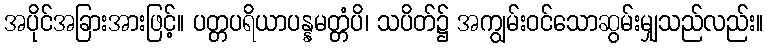
အပိုင်အခြားအားဖြင့်။ ပတ္တပရိယာပန္နမတ္တံပိ၊ သပိတ်၌ အကျွမ်းဝင်သောဆွမ်းမျှသည်လည်း။